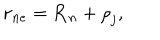
{ \bf r } _ { n e } = { \bf R } _ { n } + { \bf \rho } _ { j } ,